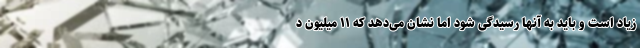
زیاد است و باید به آنها رسیدگی شود اما نشان می‌دهد که ۱۱ میلیون د